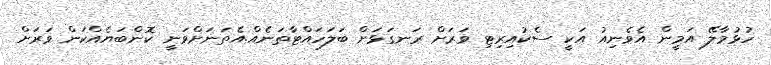
ހުޅުމާލޭ އަމީން އެވެނިއު އަކީ ސެކުއިރިޓި ވަރަށް ރަނގަޅަށް ބަލަހައްޓާތަނެއް.އެތަނަށްވަނީ ކޮންބަޔެއްކަން ވަރަށް